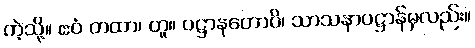
ကဲ့သို့။ ဧဝံ တထာ၊ တူ။ ပဋ္ဌာနတောပိ၊ သာသနာပဋ္ဌာန်မှလည်း။